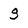
Character: g